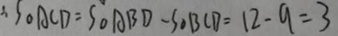
\therefore S _ { \Delta } A C D = S _ { \Delta } A B D - S _ { \Delta } B C D = 1 2 - 9 = 3